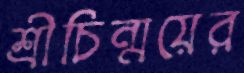
শ্রীচিন্ময়ের